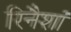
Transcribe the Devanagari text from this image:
रिनैशां